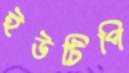
ইউটিপি